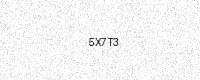
Text: 5X7T3